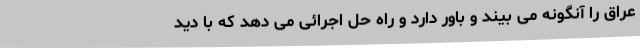
عراق را آنگونه می بیند و باور دارد و راه حل اجرائی می دهد که با دید